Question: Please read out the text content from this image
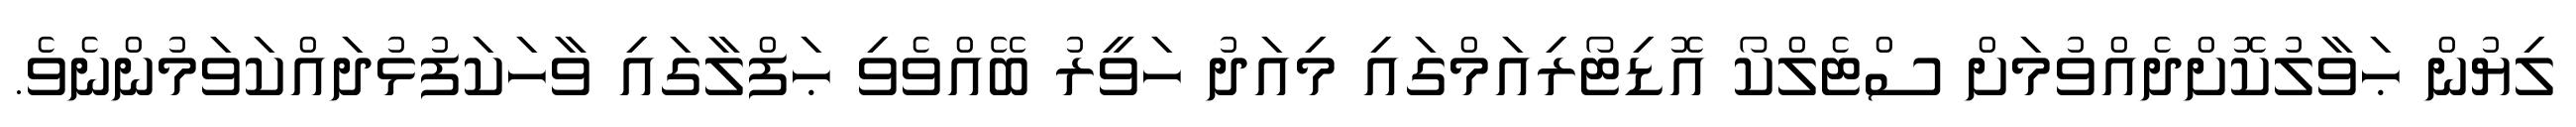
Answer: ލިޔުން ޙަވާލުކޮށްދެއްވުމަށް ސްޓެލްކޯ އޮޑިޓޯރިއަމްގައި މިއަދު ހަވީރު ބޭއްވެވި ޙަފްލާގައި ވާހަކަފުޅުދައްކަވަމުންނެވެ.